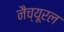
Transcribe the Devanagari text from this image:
नैच्यूरल